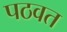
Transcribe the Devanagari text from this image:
पठवत